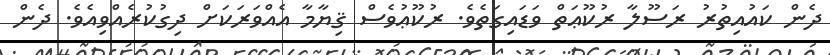
ދެން ކައުއިތުރު ރަސޫލާ ރުކޫޢަތް ވަޑައިގަތެވެ. ރުކޫޢުވެސް ޤިޔާމާ އެއްވަރަކަށް ދިގުކުރެއްވިއެވެ. ދެން